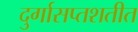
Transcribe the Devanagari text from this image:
दुर्गासप्तशतीत